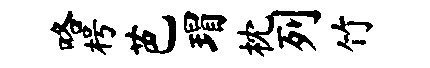
咯枵芭瑁枕列竹